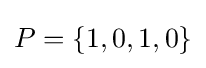
P=\{1,0,1,0\}